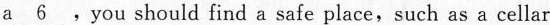
a ___, you should find a safe place, such as a cellar